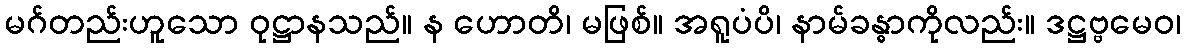
မဂ်တည်းဟူသော ဝုဋ္ဌာနသည်။ န ဟောတိ၊ မဖြစ်။ အရူပံပိ၊ နာမ်ခန္ဓာကိုလည်း။ ဒဋ္ဌဗ္ဗမေဝ၊